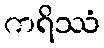
ကရိဿံ